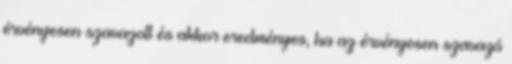
érvényesen szavazott és akkor eredményes, ha az érvényesen szavazó